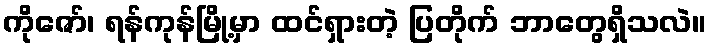
ကိုဇော်၊ ရန်ကုန်မြို့မှာ ထင်ရှားတဲ့ ပြတိုက် ဘာတွေရှိသလဲ။